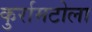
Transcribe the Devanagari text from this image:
कुर्रामटोला